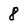
Character: 8